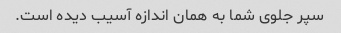
سپر جلوی شما به همان اندازه آسیب دیده است.